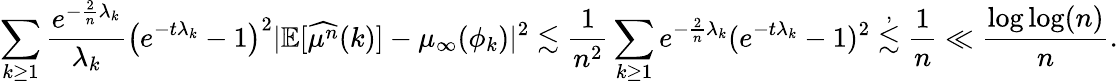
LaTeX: \sum_{k\geq 1}\frac{e^{-\frac{2}{n}\lambda_{k}}}{\lambda_{k}}\big(e^{-t\lambda_{k}}-1\big)^{2}\vert\mathbb{E}[\widehat{\mu^{n}}(k)]-\mu_{\infty}(\phi_{k})\vert^{2}\lesssim\frac{1}{n^{2}}\sum_{k\geq 1}e^{-\frac{2}{n}\lambda_{k}}(e^{-t\lambda_{k}}-1)^{2}\stackrel{,}{\lesssim}\frac{1}{n}\ll\frac{\log\log(n)}{n}.